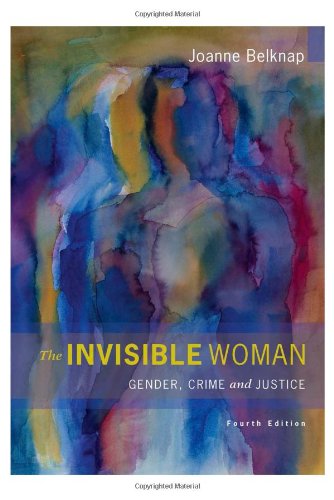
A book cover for The Invisible Woman: Gender, Crime, and Justice (Wadsworth Contemporary Issues in Crime and Justice); Joanne Belknap; Law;